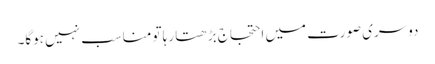
دوسری صورت میں احتجاج بڑھتا رہا تو مناسب نہیں ہوگا۔